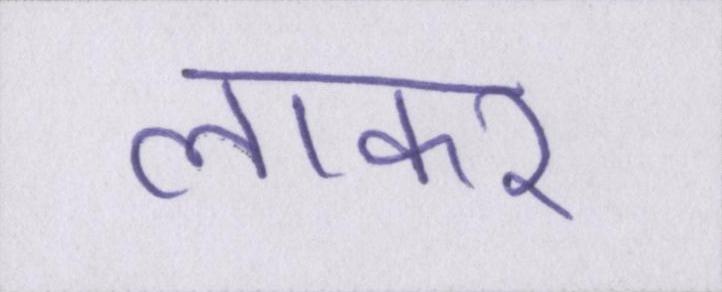
लाकर